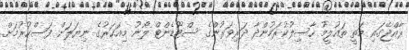
ރާއްޖޭގައި މަތީ ތައުލީމު ހާސިލުކުރަމުންދާ ދަރިވަރުންގެ ސްޓޫޑެންޓް ލޯނު މިއަހަރުގެ ނިޔަލަށް ފަސްކުރުމަށް